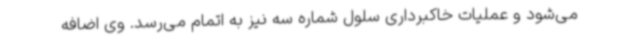
می‌شود و عملیات خاکبرداری سلول شماره سه نیز به اتمام می‌رسد. وی اضافه